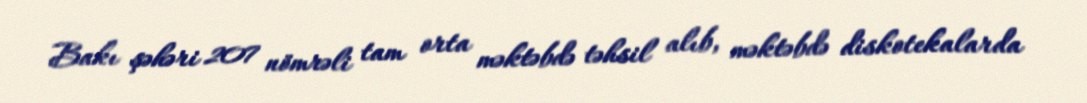
Bakı şəhəri 207 nömrəli tam orta məktəbdə təhsil alıb, məktəbdə diskotekalarda